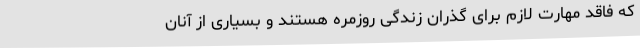
که فاقد مهارت لازم برای گذران زندگی روزمره هستند و بسیاری از آنان